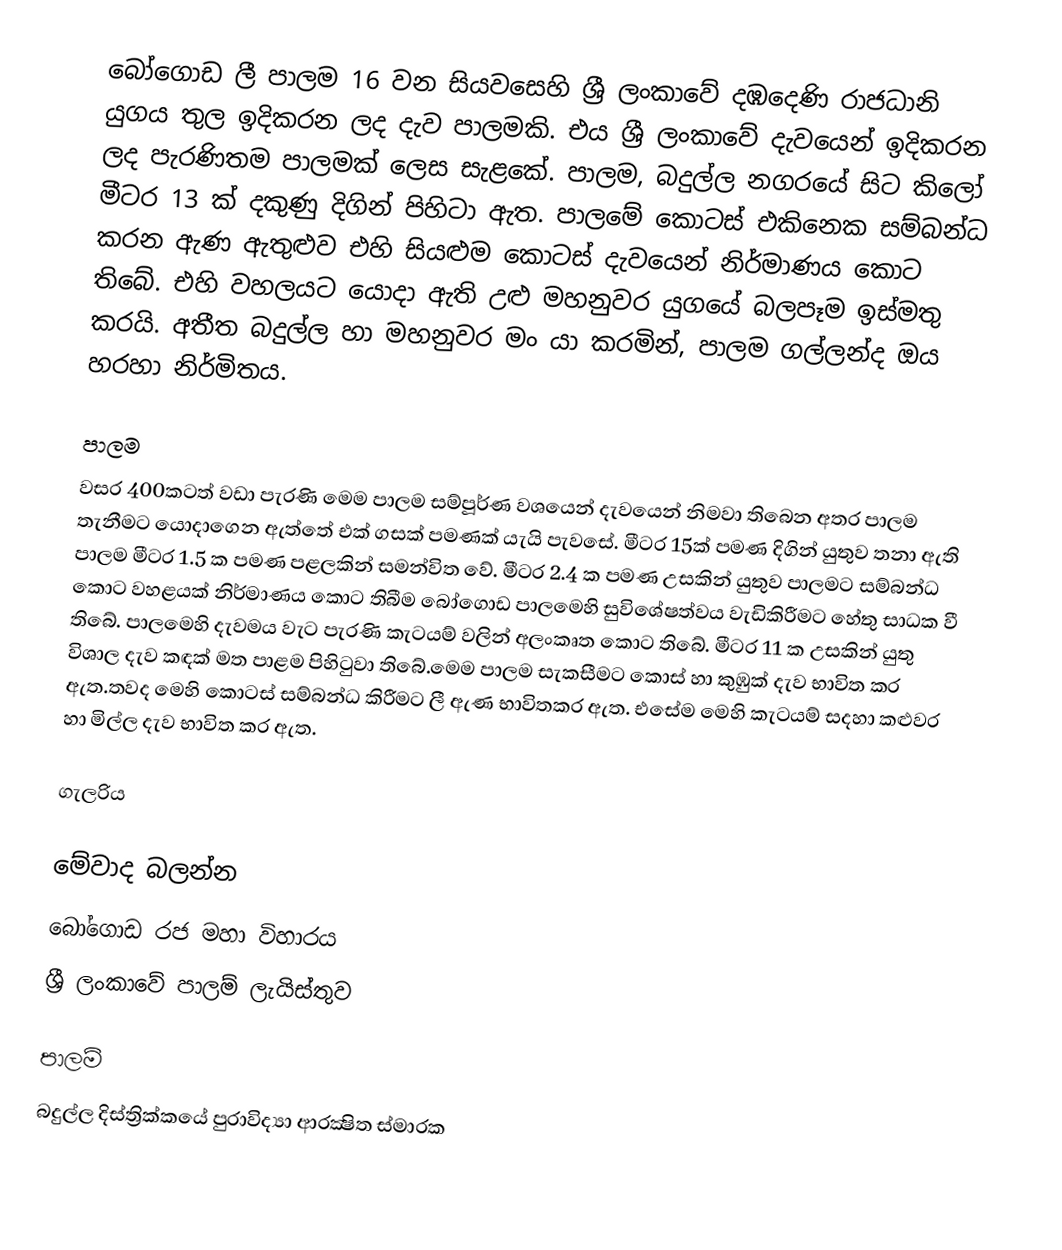
බෝගොඩ ලී පාලම 16 වන සියවසෙහි ශ්‍රී ලංකාවේ දඹදෙණි රාජධානි යුගය තුල ඉදිකරන ලද දැව පාලමකි. එය ශ්‍රී ලංකාවේ දැවයෙන් ඉදිකරන ලද පැරණිතම පාලමක් ලෙස සැළකේ. පාලම, බදුල්ල නගරයේ සිට කිලෝ මීටර 13 ක් දකුණු දිගින් පිහිටා ඇත. පාලමේ කොටස් එකිනෙක සම්බන්ධ කරන ඇණ ඇතුළුව එහි සියළුම කොටස් දැවයෙන් නිර්මාණය කොට තිබේ. එහි වහලයට යොදා ඇති උළු මහනුවර යුගයේ බලපෑම ඉස්මතු කරයි. අතීත බදුල්ල හා මහනුවර මං යා කරමින්, පාලම ගල්ලන්ද ඔය හරහා නිර්මිතය.

පාලම
වසර 400කටත් වඩා පැරණි මෙම පාලම සම්පූර්ණ වශයෙන් දැවයෙන් නිමවා තිබෙන අතර පාලම තැනීමට යොදාගෙන ඇත්තේ එක් ගසක් පමණක් යැයි පැවසේ. මීටර 15ක් පමණ දිගින් යුතුව තනා ඇති පාලම මීටර 1.5 ක පමණ පළලකින් සමන්විත වේ. මීටර 2.4 ක පමණ උසකින් යුතුව පාලමට සම්බන්ධ කොට වහළයක් නිර්මාණය කොට තිබීම බෝගොඩ පාලමෙහි සුවිශේෂත්වය වැඩිකිරීමට හේතු සාධක වී තිබේ. පාලමෙහි දැවමය වැට පැරණි කැටයම් වලින් අලංකෘත කොට තිබේ. මීටර 11 ක උසකින් යුතු විශාල දැව කඳක් මත පාළම පිහිටුවා තිබේ.මෙම පාලම සැකසීමට කොස් හා කුඹුක් දැව භාවිත කර ඇත.තවද මෙහි කොටස් සම්බන්ධ කිරීමට ලී ඇණ භාවිතකර ඇත. එසේම මෙහි කැටයම් සදහා කළුවර හා මිල්ල දැව භාවිත කර ඇත.

ගැලරිය

මේවාද බලන්න
බෝගොඩ රජ මහා විහාරය
ශ්‍රී ලංකාවේ පාලම් ලැයිස්තුව

පාලම්
බදුල්ල දිස්ත්‍රික්කයේ පුරාවිද්‍යා ආරක්‍ෂිත ස්මාරක